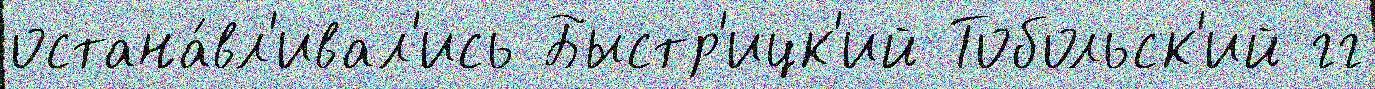
остана́вл'ивал'ись Быстр'ицк'ий Тобольск'ий гг